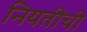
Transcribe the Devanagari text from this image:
नियतीची